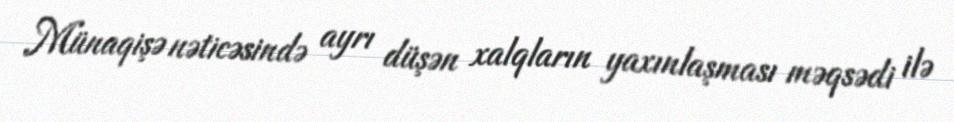
Münaqişə nəticəsində ayrı düşən xalqların yaxınlaşması məqsədi ilə